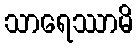
သာရေဿာမိ